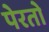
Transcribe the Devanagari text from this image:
पेरतो